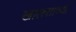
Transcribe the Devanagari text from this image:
खालसाच्या